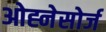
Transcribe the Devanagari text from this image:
ओह्नेसोर्ज